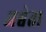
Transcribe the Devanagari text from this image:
अश्वेत।